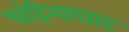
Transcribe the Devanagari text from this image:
चंदिन्याघाट